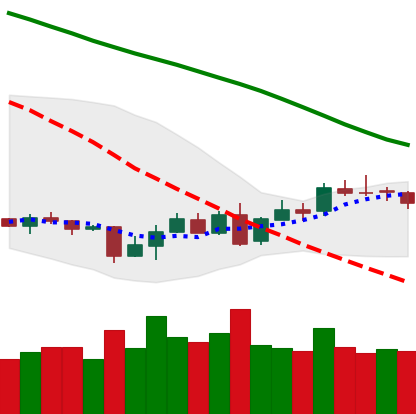
Ticker: XMR-USD
Chart end date: 2018-07-06
Forward return: -6.459%
Label: down_5_7